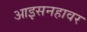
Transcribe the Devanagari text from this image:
आइसनहावर